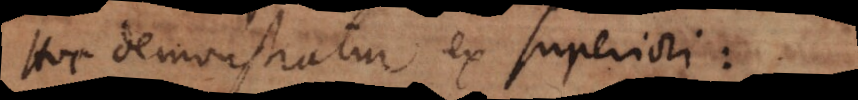
Hoc demonstratur ex superiori: